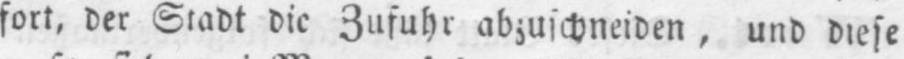
Zufuhr abzuschneiden, und diese